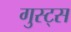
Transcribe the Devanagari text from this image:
गुस्ट्स